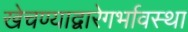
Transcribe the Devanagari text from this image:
खेचण्याद्वारेगर्भावस्था